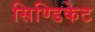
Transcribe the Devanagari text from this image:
सिण्डिकेट